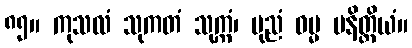
၈၅။ ကုသလံ သုကတံ သုက္ကံ၊ ပုညံ ဓမ္မ မနိတ္ထိယံ။